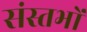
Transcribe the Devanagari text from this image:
संस्तभों